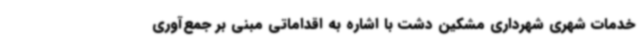
خدمات شهری شهرداری مشکین دشت با اشاره به اقداماتی مبنی بر جمع‌آوری